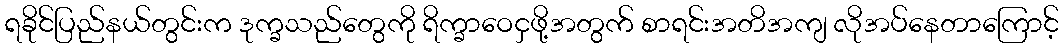
ရခိုင်ပြည်နယ်တွင်းက ဒုက္ခသည်တွေကို ရိက္ခာဝေငှဖို့အတွက် စာရင်းအတိအကျ လိုအပ်နေတာကြောင့်